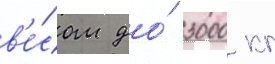
в'е́сом до́ 3000 кг